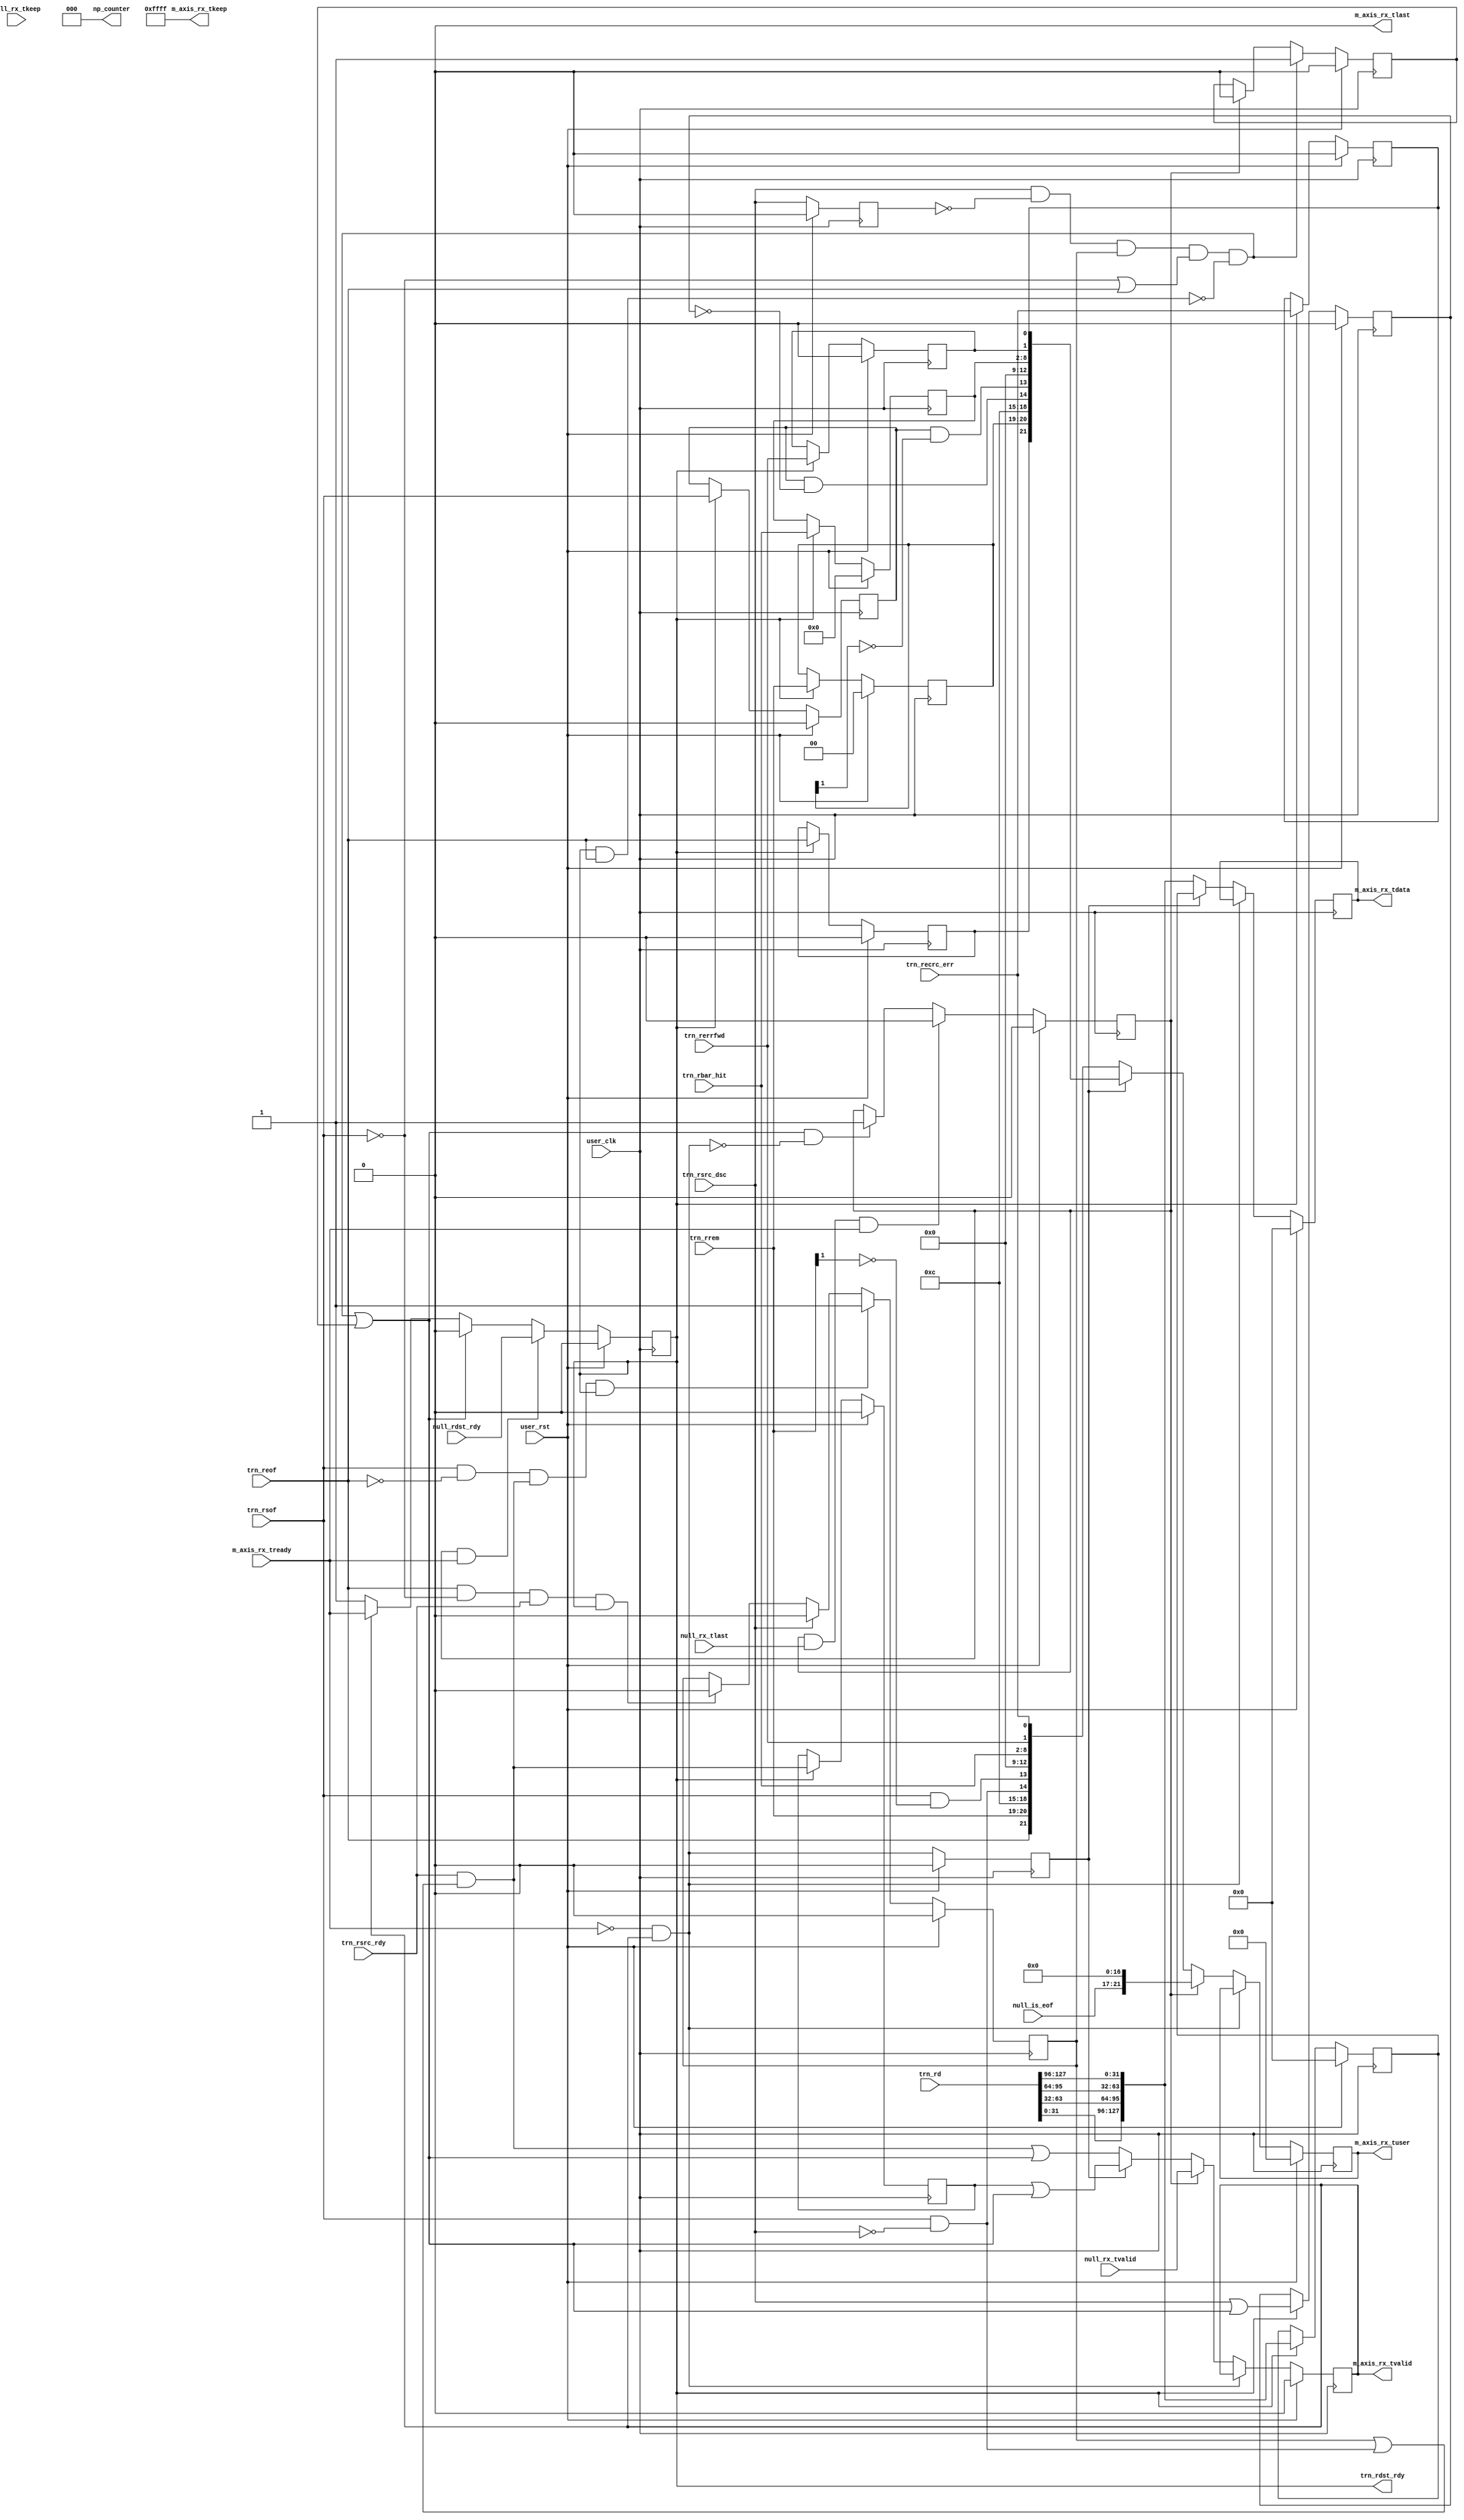
//-----------------------------------------------------------------------------
//
// (c) Copyright 2009-2011 Xilinx, Inc. All rights reserved.
//
// This file contains confidential and proprietary information
// of Xilinx, Inc. and is protected under U.S. and
// international copyright and other intellectual property
// laws.
//
// DISCLAIMER
// This disclaimer is not a license and does not grant any
// rights to the materials distributed herewith. Except as
// otherwise provided in a valid license issued to you by
// Xilinx, and to the maximum extent permitted by applicable
// law: (1) THESE MATERIALS ARE MADE AVAILABLE "AS IS" AND
// WITH ALL FAULTS, AND XILINX HEREBY DISCLAIMS ALL WARRANTIES
// AND CONDITIONS, EXPRESS, IMPLIED, OR STATUTORY, INCLUDING
// BUT NOT LIMITED TO WARRANTIES OF MERCHANTABILITY, NON-
// INFRINGEMENT, OR FITNESS FOR ANY PARTICULAR PURPOSE; and
// (2) Xilinx shall not be liable (whether in contract or tort,
// including negligence, or under any other theory of
// liability) for any loss or damage of any kind or nature
// related to, arising under or in connection with these
// materials, including for any direct, or any indirect,
// special, incidental, or consequential loss or damage
// (including loss of data, profits, goodwill, or any type of
// loss or damage suffered as a result of any action brought
// by a third party) even if such damage or loss was
// reasonably foreseeable or Xilinx had been advised of the
// possibility of the same.
//
// CRITICAL APPLICATIONS
// Xilinx products are not designed or intended to be fail-
// safe, or for use in any application requiring fail-safe
// performance, such as life-support or safety devices or
// systems, Class III medical devices, nuclear facilities,
// applications related to the deployment of airbags, or any
// other applications that could lead to death, personal
// injury, or severe property or environmental damage
// (individually and collectively, "Critical
// Applications"). Customer assumes the sole risk and
// liability of any use of Xilinx products in Critical
// Applications, subject only to applicable laws and
// regulations governing limitations on product liability.
//
// THIS COPYRIGHT NOTICE AND DISCLAIMER MUST BE RETAINED AS
// PART OF THIS FILE AT ALL TIMES.
//
//-----------------------------------------------------------------------------
// Project    : Virtex-6 Integrated Block for PCI Express
// Version    : 2.4
//----------------------------------------------------------------------------//
//                                                                            //
//  Description:                                                              //
//  TRN to AXI RX pipeline. Converts received data from TRN protocol to AXI.  //
//                                                                            //
//  Notes:                                                                    //
//  Optional notes section.                                                   //
//                                                                            //
//  Hierarchical:                                                             //
//    axi_basic_top                                                           //
//      axi_basic_rx                                                          //
//        axi_basic_rx_pipeline                                               //
//                                                                            //
//----------------------------------------------------------------------------//

`timescale 1ps/1ps

module axi_basic_rx_pipeline #(
  parameter C_DATA_WIDTH = 128,           // RX/TX interface data width
  parameter C_FAMILY     = "X7",          // Targeted FPGA family
  parameter TCQ = 1,                      // Clock to Q time

  // Do not override parameters below this line
  parameter REM_WIDTH  = (C_DATA_WIDTH == 128) ? 2 : 1, // trem/rrem width
  parameter KEEP_WIDTH = C_DATA_WIDTH / 8               // KEEP width
  ) (

  // AXI RX
  //-----------
  output reg [C_DATA_WIDTH-1:0] m_axis_rx_tdata,     // RX data to user
  output reg                    m_axis_rx_tvalid,    // RX data is valid
  input                         m_axis_rx_tready,    // RX ready for data
  output       [KEEP_WIDTH-1:0] m_axis_rx_tkeep,     // RX strobe byte enables
  output                        m_axis_rx_tlast,     // RX data is last
  output reg             [21:0] m_axis_rx_tuser,     // RX user signals

  // TRN RX
  //-----------
  input      [C_DATA_WIDTH-1:0] trn_rd,              // RX data from block
  input                         trn_rsof,            // RX start of packet
  input                         trn_reof,            // RX end of packet
  input                         trn_rsrc_rdy,        // RX source ready
  output reg                    trn_rdst_rdy,        // RX destination ready
  input                         trn_rsrc_dsc,        // RX source discontinue
  input         [REM_WIDTH-1:0] trn_rrem,            // RX remainder
  input                         trn_rerrfwd,         // RX error forward
  input                   [6:0] trn_rbar_hit,        // RX BAR hit
  input                         trn_recrc_err,       // RX ECRC error

  // Null Inputs
  //-----------
  input                         null_rx_tvalid,      // NULL generated tvalid
  input                         null_rx_tlast,       // NULL generated tlast
  input        [KEEP_WIDTH-1:0] null_rx_tkeep,       // NULL generated tkeep
  input                         null_rdst_rdy,       // NULL generated rdst_rdy
  input                   [4:0] null_is_eof,         // NULL generated is_eof

  // System
  //-----------
  output                  [2:0] np_counter,          // Non-posted counter
  input                         user_clk,            // user clock from block
  input                         user_rst             // user reset from block
);


// Wires and regs for creating AXI signals
wire              [4:0] is_sof;
wire              [4:0] is_sof_prev;

wire              [4:0] is_eof;
wire              [4:0] is_eof_prev;

reg    [KEEP_WIDTH-1:0] reg_tkeep;
wire   [KEEP_WIDTH-1:0] tkeep;
wire   [KEEP_WIDTH-1:0] tkeep_prev;

reg                     reg_tlast;
wire                    rsrc_rdy_filtered;

// Wires and regs for previous value buffer
wire [C_DATA_WIDTH-1:0] trn_rd_DW_swapped;
reg  [C_DATA_WIDTH-1:0] trn_rd_prev;

wire                    data_hold;
reg                     data_prev;

reg                     trn_reof_prev;
reg     [REM_WIDTH-1:0] trn_rrem_prev;
reg                     trn_rsrc_rdy_prev;
reg                     trn_rsrc_dsc_prev;
reg                     trn_rsof_prev;
reg               [6:0] trn_rbar_hit_prev;
reg                     trn_rerrfwd_prev;
reg                     trn_recrc_err_prev;

// Null packet handling signals
reg                     null_mux_sel;
reg                     trn_in_packet;
wire                    dsc_flag;
wire                    dsc_detect;
reg                     reg_dsc_detect;
reg                     trn_rsrc_dsc_d;


// Create "filtered" version of rsrc_rdy, where discontinued SOFs are removed.
assign rsrc_rdy_filtered = trn_rsrc_rdy &&
                                 (trn_in_packet || (trn_rsof && !trn_rsrc_dsc));

//----------------------------------------------------------------------------//
// Previous value buffer                                                      //
// ---------------------                                                      //
// We are inserting a pipeline stage in between TRN and AXI, which causes     //
// some issues with handshaking signals m_axis_rx_tready/trn_rdst_rdy. The    //
// added cycle of latency in the path causes the user design to fall behind   //
// the TRN interface whenever it throttles.                                   //
//                                                                            //
// To avoid loss of data, we must keep the previous value of all trn_r*       //
// signals in case the user throttles.                                        //
//----------------------------------------------------------------------------//
always @(posedge user_clk) begin
  if(user_rst) begin
    trn_rd_prev        <= #TCQ {C_DATA_WIDTH{1'b0}};
    trn_rsof_prev      <= #TCQ 1'b0;
    trn_rrem_prev      <= #TCQ {REM_WIDTH{1'b0}};
    trn_rsrc_rdy_prev  <= #TCQ 1'b0;
    trn_rbar_hit_prev  <= #TCQ 7'h00;
    trn_rerrfwd_prev   <= #TCQ 1'b0;
    trn_recrc_err_prev <= #TCQ 1'b0;
    trn_reof_prev      <= #TCQ 1'b0;
    trn_rsrc_dsc_prev  <= #TCQ 1'b0;
  end
  else begin
    // prev buffer works by checking trn_rdst_rdy. When trn_rdst_rdy is
    // asserted, a new value is present on the interface.
    if(trn_rdst_rdy) begin
      trn_rd_prev        <= #TCQ trn_rd_DW_swapped;
      trn_rsof_prev      <= #TCQ trn_rsof;
      trn_rrem_prev      <= #TCQ trn_rrem;
      trn_rbar_hit_prev  <= #TCQ trn_rbar_hit;
      trn_rerrfwd_prev   <= #TCQ trn_rerrfwd;
      trn_recrc_err_prev <= #TCQ trn_recrc_err;
      trn_rsrc_rdy_prev  <= #TCQ rsrc_rdy_filtered;
      trn_reof_prev      <= #TCQ trn_reof;
      trn_rsrc_dsc_prev  <= #TCQ trn_rsrc_dsc || dsc_flag;
    end
  end
end


//----------------------------------------------------------------------------//
// Create TDATA                                                               //
//----------------------------------------------------------------------------//

// Convert TRN data format to AXI data format. AXI is DWORD swapped from TRN
// 128-bit:                 64-bit:                  32-bit:
// TRN DW0 maps to AXI DW3  TRN DW0 maps to AXI DW1  TNR DW0 maps to AXI DW0
// TRN DW1 maps to AXI DW2  TRN DW1 maps to AXI DW0
// TRN DW2 maps to AXI DW1
// TRN DW3 maps to AXI DW0
generate
  if(C_DATA_WIDTH == 128) begin : rd_DW_swap_128
    assign trn_rd_DW_swapped = {trn_rd[31:0],
                                trn_rd[63:32],
                                trn_rd[95:64],
                                trn_rd[127:96]};
  end
  else if(C_DATA_WIDTH == 64) begin : rd_DW_swap_64
    assign trn_rd_DW_swapped = {trn_rd[31:0], trn_rd[63:32]};
  end
  else begin : rd_DW_swap_32
    assign trn_rd_DW_swapped = trn_rd;
  end
endgenerate


// Create special buffer which locks in the proper value of TDATA depending
// on whether the user is throttling or not. This buffer has three states:
//
//       HOLD state: TDATA maintains its current value
//                   - the user has throttled the PCIe block
//   PREVIOUS state: the buffer provides the previous value on trn_rd
//                   - the user has finished throttling, and is a little behind
//                     the PCIe block
//    CURRENT state: the buffer passes the current value on trn_rd
//                   - the user is caught up and ready to receive the latest
//                     data from the PCIe block
always @(posedge user_clk) begin
  if(user_rst) begin
    m_axis_rx_tdata <= #TCQ {C_DATA_WIDTH{1'b0}};
  end
  else begin
    if(!data_hold) begin
      // PREVIOUS state
      if(data_prev) begin
        m_axis_rx_tdata <= #TCQ trn_rd_prev;
      end

      // CURRENT state
      else begin
        m_axis_rx_tdata <= #TCQ trn_rd_DW_swapped;
      end
    end
    // else HOLD state
  end
end

// Logic to instruct pipeline to hold its value
assign data_hold = (!m_axis_rx_tready && m_axis_rx_tvalid);

// Logic to instruct pipeline to use previous bus values. Always use previous
// value after holding a value.
always @(posedge user_clk) begin
  if(user_rst) begin
    data_prev <= #TCQ 1'b0;
  end
  else begin
    data_prev <= #TCQ data_hold;
  end
end


//----------------------------------------------------------------------------//
// Create TVALID, TLAST, tkeep, TUSER                                         //
// -----------------------------------                                        //
// Use the same strategy for these signals as for TDATA, except here we need  //
// an extra provision for null packets.                                       //
//----------------------------------------------------------------------------//
always @(posedge user_clk) begin
  if(user_rst) begin
    m_axis_rx_tvalid <= #TCQ 1'b0;
    reg_tlast        <= #TCQ 1'b0;
    reg_tkeep        <= #TCQ {KEEP_WIDTH{1'b1}};
    m_axis_rx_tuser  <= #TCQ 22'h0;
  end
  else begin
    if(!data_hold) begin
      // If in a null packet, use null generated value
      if(null_mux_sel) begin
        m_axis_rx_tvalid <= #TCQ null_rx_tvalid;
        reg_tlast        <= #TCQ null_rx_tlast;
        reg_tkeep        <= #TCQ null_rx_tkeep;
        m_axis_rx_tuser  <= #TCQ {null_is_eof, 17'h0000};
      end

      // PREVIOUS state
      else if(data_prev) begin
        m_axis_rx_tvalid <= #TCQ (trn_rsrc_rdy_prev || dsc_flag);
        reg_tlast        <= #TCQ trn_reof_prev;
        reg_tkeep        <= #TCQ tkeep_prev;
        m_axis_rx_tuser  <= #TCQ {is_eof_prev,          // TUSER bits [21:17]
                                  2'b00,                // TUSER bits [16:15]
                                  is_sof_prev,          // TUSER bits [14:10]
                                  1'b0,                 // TUSER bit  [9]
                                  trn_rbar_hit_prev,    // TUSER bits [8:2]
                                  trn_rerrfwd_prev,     // TUSER bit  [1]
                                  trn_recrc_err_prev};  // TUSER bit  [0]
      end

      // CURRENT state
      else begin
        m_axis_rx_tvalid <= #TCQ (rsrc_rdy_filtered || dsc_flag);
        reg_tlast        <= #TCQ trn_reof;
        reg_tkeep        <= #TCQ tkeep;
        m_axis_rx_tuser  <= #TCQ {is_eof,               // TUSER bits [21:17]
                                  2'b00,                // TUSER bits [16:15]
                                  is_sof,               // TUSER bits [14:10]
                                  1'b0,                 // TUSER bit  [9]
                                  trn_rbar_hit,         // TUSER bits [8:2]
                                  trn_rerrfwd,          // TUSER bit  [1]
                                  trn_recrc_err};       // TUSER bit  [0]
      end
    end
    // else HOLD state
  end
end

// Hook up TLAST and tkeep depending on interface width
generate
  // For 128-bit interface, don't pass TLAST and tkeep to user (is_eof and
  // is_data passed to user instead). reg_tlast is still used internally.
  if(C_DATA_WIDTH == 128) begin : tlast_tkeep_hookup_128
    assign m_axis_rx_tlast = 1'b0;
    assign m_axis_rx_tkeep = {KEEP_WIDTH{1'b1}};
  end

  // For 64/32-bit interface, pass TLAST to user.
  else begin : tlast_tkeep_hookup_64_32
    assign m_axis_rx_tlast = reg_tlast;
    assign m_axis_rx_tkeep = reg_tkeep;
  end
endgenerate


//----------------------------------------------------------------------------//
// Create tkeep                                                               //
// ------------                                                               //
// Convert RREM to STRB. Here, we are converting the encoding method for the  //
// location of the EOF from TRN flavor (rrem) to AXI (tkeep).                 //
//                                                                            //
// NOTE: for each configuration, we need two values of tkeep, the current and //
//       previous values. The need for these two values is described below.   //
//----------------------------------------------------------------------------//
generate
  if(C_DATA_WIDTH == 128) begin : rrem_to_tkeep_128
    // TLAST and tkeep not used in 128-bit interface. is_sof and is_eof used
    // instead.
    assign tkeep      = 16'h0000;
    assign tkeep_prev = 16'h0000;
  end
  else if(C_DATA_WIDTH == 64) begin : rrem_to_tkeep_64
    // 64-bit interface: contains 2 DWORDs per cycle, for a total of 8 bytes
    //  - tkeep has only two possible values here, 0xFF or 0x0F
    assign tkeep      = trn_rrem      ? 8'hFF : 8'h0F;
    assign tkeep_prev = trn_rrem_prev ? 8'hFF : 8'h0F;
  end
  else begin : rrem_to_tkeep_32
    // 32-bit interface: contains 1 DWORD per cycle, for a total of 4 bytes
    //  - tkeep is always 0xF in this case, due to the nature of the PCIe block
    assign tkeep      = 4'hF;
    assign tkeep_prev = 4'hF;
  end
endgenerate


//----------------------------------------------------------------------------//
// Create is_sof                                                              //
// -------------                                                              //
// is_sof is a signal to the user indicating the location of SOF in TDATA   . //
// Due to inherent 64-bit alignment of packets from the block, the only       //
// possible values are:                                                       //
//                      Value                      Valid data widths          //
//                      5'b11000 (sof @ byte 8)    128                        //
//                      5'b10000 (sof @ byte 0)    128, 64, 32                //
//                      5'b00000 (sof not present) 128, 64, 32                //
//----------------------------------------------------------------------------//
generate
  if(C_DATA_WIDTH == 128) begin : is_sof_128
    assign is_sof      = {(trn_rsof && !trn_rsrc_dsc), // bit 4:   enable
                          (trn_rsof && !trn_rrem[1]),  // bit 3:   sof @ byte 8?
                          3'b000};                     // bit 2-0: hardwired 0

    assign is_sof_prev = {(trn_rsof_prev && !trn_rsrc_dsc_prev), // bit 4
                          (trn_rsof_prev && !trn_rrem_prev[1]),  // bit 3
                          3'b000};                               // bit 2-0
  end
  else begin : is_sof_64_32
    assign is_sof      = {(trn_rsof && !trn_rsrc_dsc), // bit 4:   enable
                          4'b0000};                    // bit 3-0: hardwired 0

    assign is_sof_prev = {(trn_rsof_prev && !trn_rsrc_dsc_prev), // bit 4
                          4'b0000};                              // bit 3-0
  end
endgenerate


//----------------------------------------------------------------------------//
// Create is_eof                                                              //
// -------------                                                              //
// is_eof is a signal to the user indicating the location of EOF in TDATA   . //
// Due to DWORD granularity of packets from the block, the only               //
// possible values are:                                                       //
//                      Value                      Valid data widths          //
//                      5'b11111 (eof @ byte 15)   128                        //
//                      5'b11011 (eof @ byte 11)   128                        //
//                      5'b10111 (eof @ byte 7)    128, 64                    //
//                      5'b10011 (eof @ byte 3)`   128, 64, 32                //
//                      5'b00011 (eof not present) 128, 64, 32                //
//----------------------------------------------------------------------------//
generate
  if(C_DATA_WIDTH == 128) begin : is_eof_128
    assign is_eof      = {trn_reof,      // bit 4:   enable
                          trn_rrem,      // bit 3-2: encoded eof loc rom block
                          2'b11};        // bit 1-0: hardwired 1

    assign is_eof_prev = {trn_reof_prev, // bit 4:   enable
                          trn_rrem_prev, // bit 3-2: encoded eof loc from block
                          2'b11};        // bit 1-0: hardwired 1
  end
  else if(C_DATA_WIDTH == 64) begin : is_eof_64
    assign is_eof      = {trn_reof,      // bit 4:   enable
                          1'b0,          // bit 3:   hardwired 0
                          trn_rrem,      // bit 2:   encoded eof loc from block
                          2'b11};        // bit 1-0: hardwired 1

    assign is_eof_prev = {trn_reof_prev, // bit 4:   enable
                          1'b0,          // bit 3:   hardwired 0
                          trn_rrem_prev, // bit 2:   encoded eof loc from block
                          2'b11};        // bit 1-0: hardwired 1
  end
  else begin : is_eof_32
    assign is_eof      = {trn_reof,      // bit 4:   enable
                          4'b0011};      // bit 3-0: hardwired to byte 3

    assign is_eof_prev = {trn_reof_prev, // bit 4:   enable
                          4'b0011};      // bit 3-0: hardwired to byte 3
  end
endgenerate



//----------------------------------------------------------------------------//
// Create trn_rdst_rdy                                                        //
//----------------------------------------------------------------------------//
always @(posedge user_clk) begin
  if(user_rst) begin
    trn_rdst_rdy <= #TCQ 1'b0;
  end
  else begin
    // If in a null packet, use null generated value
    if(null_mux_sel && m_axis_rx_tready) begin
      trn_rdst_rdy <= #TCQ null_rdst_rdy;
    end

    // If a discontinue needs to be serviced, throttle the block until we are
    // ready to pad out the packet.
    else if(dsc_flag) begin
      trn_rdst_rdy <= #TCQ 1'b0;
    end

    // If in a packet, pass user back-pressure directly to block
    else if(m_axis_rx_tvalid) begin
      trn_rdst_rdy <= #TCQ m_axis_rx_tready;
    end

    // If idle, default to no back-pressure. We need to default to the
    // "ready to accept data" state to make sure we catch the first
    // clock of data of a new packet.
    else begin
      trn_rdst_rdy <= #TCQ 1'b1;
    end
  end
end

//----------------------------------------------------------------------------//
// Create null_mux_sel                                                        //
// null_mux_sel is the signal used to detect a discontinue situation and      //
// mux in the null packet generated in rx_null_gen. Only mux in null data     //
// when not at the beginningof a packet. SOF discontinues do not require      //
// padding, as the whole packet is simply squashed instead.                   //
//----------------------------------------------------------------------------//
always @(posedge user_clk) begin
  if(user_rst) begin
    null_mux_sel <= #TCQ 1'b0;
  end
  else begin
    // NULL packet done
    if(null_mux_sel && null_rx_tlast && m_axis_rx_tready)
    begin
      null_mux_sel <= #TCQ 1'b0;
    end

    // Discontinue detected and we're in packet, so switch to NULL packet
    else if(dsc_flag && !data_hold) begin
      null_mux_sel <= #TCQ 1'b1;
    end
  end
end


//----------------------------------------------------------------------------//
// Create discontinue tracking signals                                        //
//----------------------------------------------------------------------------//
// Create signal trn_in_packet, which is needed to validate trn_rsrc_dsc. We
// should ignore trn_rsrc_dsc when it's asserted out-of-packet.
always @(posedge user_clk) begin
  if(user_rst) begin
    trn_in_packet <= #TCQ 1'b0;
  end
  else begin
    if(trn_rsof && !trn_reof && rsrc_rdy_filtered && trn_rdst_rdy)
    begin
      trn_in_packet <= #TCQ 1'b1;
    end
    else if(trn_rsrc_dsc) begin
      trn_in_packet <= #TCQ 1'b0;
    end
    else if(trn_reof && !trn_rsof && trn_rsrc_rdy && trn_rdst_rdy) begin
      trn_in_packet <= #TCQ 1'b0;
    end
  end
end


// Create dsc_flag, which identifies and stores mid-packet discontinues that
// require null packet padding. This signal is edge sensitive to trn_rsrc_dsc,
// to make sure we don't service the same dsc twice in the event that
// trn_rsrc_dsc stays asserted for longer than it takes to pad out the packet.
assign dsc_detect = trn_rsrc_dsc && !trn_rsrc_dsc_d && trn_in_packet &&
                         (!trn_rsof || trn_reof) && !(trn_rdst_rdy && trn_reof);

always @(posedge user_clk) begin
  if(user_rst) begin
    reg_dsc_detect <= #TCQ 1'b0;
    trn_rsrc_dsc_d <= #TCQ 1'b0;
  end
  else begin
    if(dsc_detect) begin
      reg_dsc_detect <= #TCQ 1'b1;
    end
    else if(null_mux_sel) begin
      reg_dsc_detect <= #TCQ 1'b0;
    end

    trn_rsrc_dsc_d <= #TCQ trn_rsrc_dsc;
  end
end

assign dsc_flag = dsc_detect || reg_dsc_detect;



//----------------------------------------------------------------------------//
// Create np_counter (V6 128-bit only). This counter tells the V6 128-bit     //
// interface core how many NP packets have left the RX pipeline. The V6       //
// 128-bit interface uses this count to perform rnp_ok modulation.            //
//----------------------------------------------------------------------------//
generate
  if(C_FAMILY == "V6" && C_DATA_WIDTH == 128) begin : np_cntr_to_128_enabled
    reg [2:0] reg_np_counter;

    // Look for NP packets beginning on lower (i.e. unaligned) start
    wire mrd_lower      = (!(|m_axis_rx_tdata[92:88]) && !m_axis_rx_tdata[94]);
    wire mrd_lk_lower   = (m_axis_rx_tdata[92:88] == 5'b00001);
    wire io_rdwr_lower  = (m_axis_rx_tdata[92:88] == 5'b00010);
    wire cfg_rdwr_lower = (m_axis_rx_tdata[92:89] == 4'b0010);
    wire atomic_lower   = ((&m_axis_rx_tdata[91:90]) && m_axis_rx_tdata[94]);

    wire np_pkt_lower = (mrd_lower      ||
                         mrd_lk_lower   ||
                         io_rdwr_lower  ||
                         cfg_rdwr_lower ||
                         atomic_lower) && m_axis_rx_tuser[13];

    // Look for NP packets beginning on upper (i.e. aligned) start
    wire mrd_upper      = (!(|m_axis_rx_tdata[28:24]) && !m_axis_rx_tdata[30]);
    wire mrd_lk_upper   = (m_axis_rx_tdata[28:24] == 5'b00001);
    wire io_rdwr_upper  = (m_axis_rx_tdata[28:24] == 5'b00010);
    wire cfg_rdwr_upper = (m_axis_rx_tdata[28:25] == 4'b0010);
    wire atomic_upper   = ((&m_axis_rx_tdata[27:26]) && m_axis_rx_tdata[30]);

    wire np_pkt_upper = (mrd_upper      ||
                         mrd_lk_upper   ||
                         io_rdwr_upper  ||
                         cfg_rdwr_upper ||
                         atomic_upper) && !m_axis_rx_tuser[13];

    wire pkt_accepted =
                    m_axis_rx_tuser[14] && m_axis_rx_tready && m_axis_rx_tvalid;

    // Increment counter whenever an NP packet leaves the RX pipeline
    always @(posedge user_clk)  begin
      if (user_rst) begin
        reg_np_counter <= #TCQ 0;
      end
      else begin
        if((np_pkt_lower || np_pkt_upper) && pkt_accepted)
        begin
          reg_np_counter <= #TCQ reg_np_counter + 3'h1;
        end
      end
    end

    assign np_counter = reg_np_counter;
  end
  else begin : np_cntr_to_128_disabled
    assign np_counter = 3'h0;
  end
endgenerate


endmodule